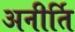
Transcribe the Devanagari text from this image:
अनीर्ति